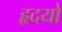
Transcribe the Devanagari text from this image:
हृदयो